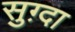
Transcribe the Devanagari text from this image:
सुग़्दा